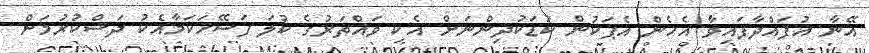
އޭނާ އުފައްދާފައިވާ އެހެން އެޕަކުން ކުޑަކުދިންނަށް އެކި ވައްތަރުގެ ކުލަ ފަސޭހަކަމާއެކު ދަސްކުރުމަށް